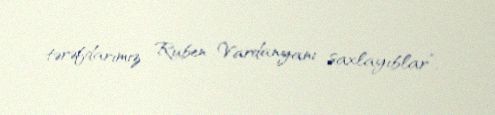
tərəfdarımız Ruben Vardanyanı saxlayıblar”.